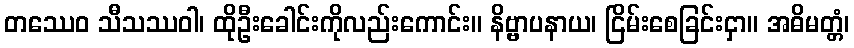
တဿေဝ သီသဿဝါ၊ ထိုဦးခေါင်းကိုလည်းကောင်း။ နိဗ္ဗာပနာယ၊ ငြိမ်းစေခြင်းငှာ။ အဓိမတ္တံ၊